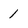
Character: 1